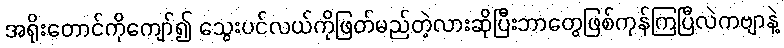
အရိုးတောင်ကိုကျော်၍ သွေးပင်လယ်ကိုဖြတ်မည်တဲ့လားဆိုပြီးဘာတွေဖြစ်ကုန်ကြပြီလဲကဗျာနဲ့